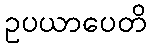
ဥပယာပေတိ